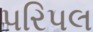
પરિપલ